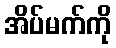
အိပ်မက်ကို